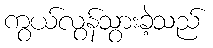
ကွယ်လွန်သွားခဲ့သည်